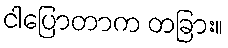
ငါပြောတာက တခြား။